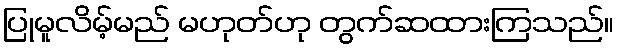
ပြုမူလိမ့်မည် မဟုတ်ဟု တွက်ဆထားကြသည်။